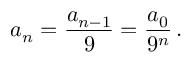
a _ { n } = { \frac { a _ { n - 1 } } { 9 } } = { \frac { a _ { 0 } } { 9 ^ { n } } } \, .